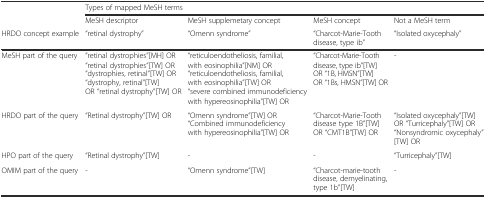
|  | <COLSPAN=4> Types of mapped MeSH terms |
 |  | MeSH descriptor | MeSH supplemetary concept | MeSH concept | Not a MeSH term |
 | HRDO concept example | “retinal dystrophy” | “Omenn syndrome” | “Charcot-Marie-Tooth disease, type ib” | “Isolated oxycephaly” |
 | --- | --- | --- | --- | --- |
 | MeSH part of the query | “retinal dystrophies”[MH] OR “retinal dystrophies”[TW] OR “dystrophies, retinal”[TW] OR“dystrophy, retinal”[TW] OR “retinal dystrophy”[TW] OR | “reticuloendotheliosis, familial, with eosinophilia”[NM] OR “reticuloendotheliosis, familial, with eosinophilia”[TW] OR “severe combined immunodeficiency with hypereosinophilia”[TW] OR | “Charcot-Marie-Tooth disease, type ib”[TW] OR “1B, HMSN”[TW] OR “1Bs, HMSN”[TW] OR | - |
 | HRDO part of the query | “Retinal dystrophy”[TW] OR | “Omenn syndrome”[TW] OR “Combined immunodeficiency with hypereosinophilia”[TW] OR | “Charcot-Marie-Tooth disease type 1B”[TW] OR “CMT1B”[TW] OR | “Isolated oxycephaly”[TW] OR “Turricephaly”[TW] OR “Nonsyndromic oxycephaly”[TW] OR |
 | HPO part of the query | “Retinal dystrophy”[TW] | - | - | “Turricephaly”[TW] |
 | OMIM part of the query | - | “Omenn syndrome”[TW] | “Charcot-marie-tooth disease, demyelinating, type 1b”[TW] | - |